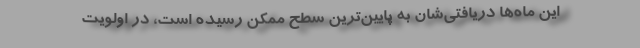
این ماه‌ها دریافتی‌شان به پایین‌ترین سطح ممکن رسیده است، در اولویت